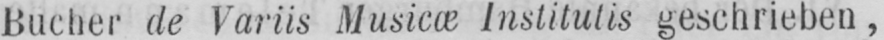
Bucher de Variis Musicæ Institutis geschrieben,